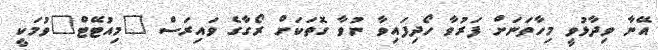
އޭނާ ވިދާޅުވީ މިހާތަނަށް ފަރުވާ ހޯދިފައިވާ ނުވާ ގޮތަކަށް ރޯގާގެ ވައިރަސް "މިއުޓޭޓް"ވުމަކީ